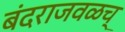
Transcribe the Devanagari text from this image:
बंदराजवळच्